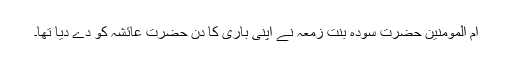
ام المومنین حضرت سودہ بنت زمعہ نے اپنی باری کا دن حضرت عائشہ کو دے دیا تھا۔